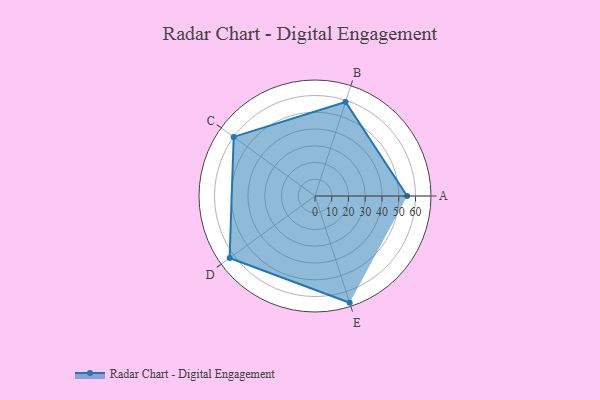
{"axis": {"x": "Skill", "y": "Score"}, "legend": ["Profile"], "data": [{"x": "A", "y": 55.0, "type": "Profile"}, {"x": "B", "y": 59.0, "type": "Profile"}, {"x": "C", "y": 60.0, "type": "Profile"}, {"x": "D", "y": 63.0, "type": "Profile"}, {"x": "E", "y": 67.0, "type": "Profile"}]}